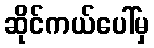
ဆိုင်ကယ်ပေါ်မှ